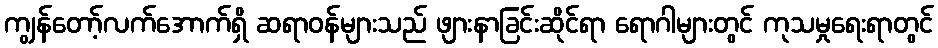
ကျွန်တော့်လက်အောက်ရှိ ဆရာဝန်များသည် ဖျားနာခြင်းဆိုင်ရာ ရောဂါများတွင် ကုသမှုရေးရာတွင်